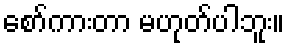
စော်ကားတာ မဟုတ်ပါဘူး။